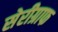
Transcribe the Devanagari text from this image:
सेरीग्राफ